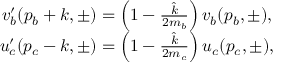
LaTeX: \begin{array} { c } { { v _ { b } ^ { \prime } ( p _ { b } + k , \pm ) = \left( 1 - \frac { \hat { k } } { 2 m _ { b } } \right) v _ { b } ( p _ { b } , \pm ) , } } \\ { { u _ { c } ^ { \prime } ( p _ { c } - k , \pm ) = \left( 1 - \frac { \hat { k } } { 2 m _ { c } } \right) u _ { c } ( p _ { c } , \pm ) , } } \end{array}